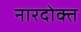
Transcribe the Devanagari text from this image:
नारदोक्त